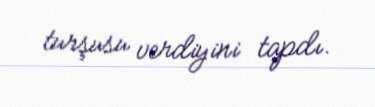
turşusu verdiyini tapdı.